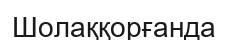
Шолаққорғанда